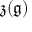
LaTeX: { \mathfrak { z } } ( { \mathfrak { g } } )